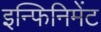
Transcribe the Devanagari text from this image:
इन्फिनिमेंट